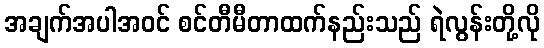
အချက်အပါအဝင် စင်တီမီတာထက်နည်းသည် ရဲလွန်းတို့လို